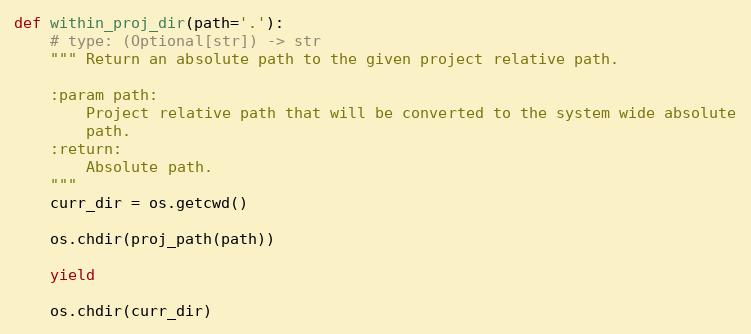
Language: Python
def within_proj_dir(path='.'):
    # type: (Optional[str]) -> str
    """ Return an absolute path to the given project relative path.

    :param path:
        Project relative path that will be converted to the system wide absolute
        path.
    :return:
        Absolute path.
    """
    curr_dir = os.getcwd()

    os.chdir(proj_path(path))

    yield

    os.chdir(curr_dir)